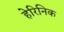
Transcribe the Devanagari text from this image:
हेरिनिक